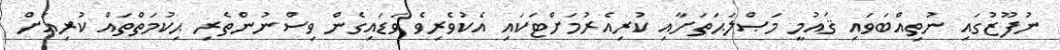
ނުފޫޒުގައި ނުތިއްބަވައި ޤައުމީ މަޞްލަޙަތަށާއި ކުރިއެރުމަށްޓަކައި އެކުވެރިވެ ވަޑައިގެން ވިސްނުންތެރި ޙިކުމަތްތައް ކުރިއަށް